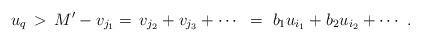
LaTeX: \begin{align*} u_q \, > \, M' - v_{j_1} = \, v_{j_2} + v_{j_3} + \cdots ~= ~ b_1 u_{i_1} + b_2 u_{i_2} + \cdots ~ . ~~~~~~~~\end{align*}